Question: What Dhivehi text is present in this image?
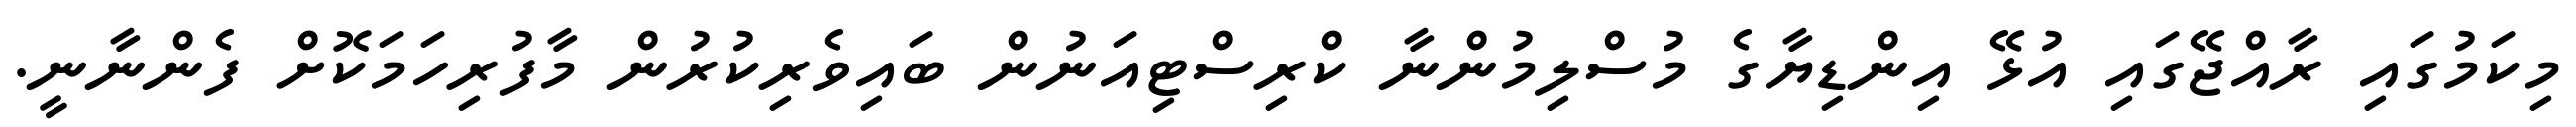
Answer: މިކަމުގައި ރާއްޖޭގައި އުޅޭ އިންޑިޔާގެ މުސްލިމުންނާ ކްރިސްޓިއަނުން ބައިވެރިކުރުން މާފުރިހަމަކޮށް ފެންނާނީ.